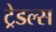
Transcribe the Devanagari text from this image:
ट्रेडल्स